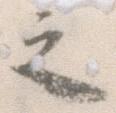
之